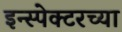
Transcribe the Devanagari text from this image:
इन्स्पेक्टरच्या